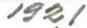
1921